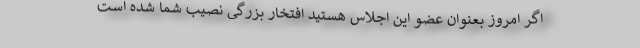
اگر امروز بعنوان عضو این اجلاس هستید افتخار بزرگی نصیب شما شده است